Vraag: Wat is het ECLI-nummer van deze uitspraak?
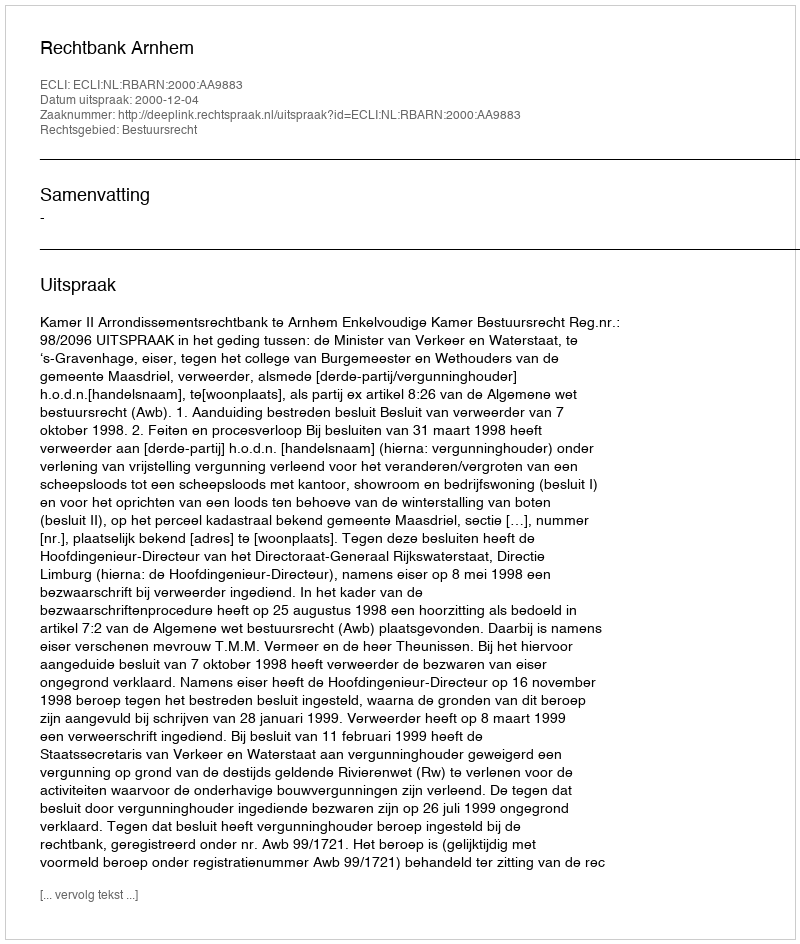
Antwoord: ECLI:NL:RBARN:2000:AA9883